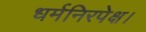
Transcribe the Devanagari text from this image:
धर्मनिरपेक्ष।